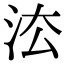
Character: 㳒